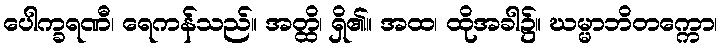
ပေါက္ခရဏီ၊ ရေကန်သည်။ အတ္ထိ၊ ရှိ၏။ အထ၊ ထိုအခါ၌။ ဃမ္မာဘိတက္ကော၊